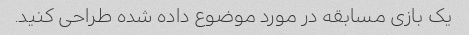
یک بازی مسابقه در مورد موضوع داده شده طراحی کنید.